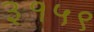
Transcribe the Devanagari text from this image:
३१५९